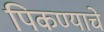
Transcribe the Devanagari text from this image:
पिकण्याचे